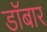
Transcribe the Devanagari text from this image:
डॉबार